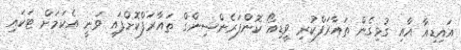
އައިޑިއާ އާއި ގުޅިގެން ތައާރަފްކުރި ވީޑިއޯ ކޮންފަރެންސިންގް ތައާރަފްކޮށްފައި ވަނީ އެކަމަށް ޓަކައި